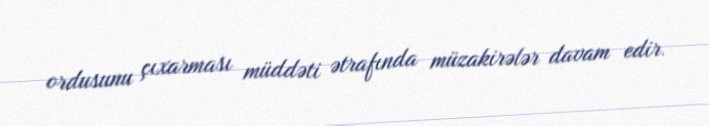
ordusunu çıxarması müddəti ətrafında müzakirələr davam edir.